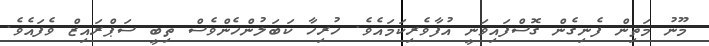
މޫނު މަތިން ފެނިގެން ގޮސްފައިވަނީ އުފާވެރިކަމައެވެ. ހުރިހާ ކަބަލުންހެންވެސް ތިބީ ސަޕްރައިޒް ވެފައެވެ.